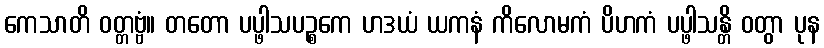
ကေသာတိ ဝတ္တဗ္ဗံ။ တတော ပပ္ဖါသပဉ္စကေ ဟဒယံ ယကနံ ကိလောမကံ ပိဟကံ ပပ္ဖါသန္တိ ဝတွာ ပုန